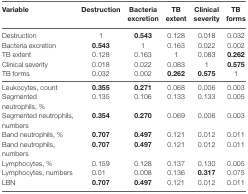
<table><thead><tr><td><b>Variable</b></td><td><b>Destruction</b></td><td><b>Bacteria excretion</b></td><td><b>TB extent</b></td><td><b>Clinical severity</b></td><td><b>TB forms</b></td></tr></thead><tbody><tr><td>Destruction</td><td>1</td><td><b>0.543</b></td><td>0.128</td><td>0.018</td><td>0.032</td></tr><tr><td>Bacteria excretion</td><td><b>0.543</b></td><td>1</td><td>0.163</td><td>0.022</td><td>0.002</td></tr><tr><td>TB extent</td><td>0.128</td><td>0.163</td><td>1</td><td>0.083</td><td><b>0.262</b></td></tr><tr><td>Clinical severity</td><td>0.018</td><td>0.022</td><td>0.083</td><td>1</td><td><b>0.575</b></td></tr><tr><td>TB forms</td><td>0.032</td><td>0.002</td><td><b>0.262</b></td><td><b>0.575</b></td><td>1</td></tr><tr><td>Leukocytes, count</td><td><b>0.355</b></td><td><b>0.271</b></td><td>0.068</td><td>0.006</td><td>0.003</td></tr><tr><td>Segmented neutrophils, %</td><td>0.135</td><td>0.106</td><td>0.133</td><td>0.133</td><td>0.005</td></tr><tr><td>Segmented neutrophils, numbers</td><td><b>0.354</b></td><td><b>0.270</b></td><td>0.069</td><td>0.006</td><td>0.003</td></tr><tr><td>Band neutrophils, %</td><td><b>0.707</b></td><td><b>0.497</b></td><td>0.121</td><td>0.012</td><td>0.011</td></tr><tr><td>Band neutrophils, numbers</td><td><b>0.707</b></td><td><b>0.497</b></td><td>0.121</td><td>0.012</td><td>0.011</td></tr><tr><td>Lymphocytes, %</td><td>0.159</td><td>0.128</td><td>0.137</td><td>0.130</td><td>0.005</td></tr><tr><td>Lymphocytes, numbers</td><td>0.01</td><td>0.008</td><td>0.136</td><td><b>0.317</b></td><td>0.075</td></tr><tr><td>LBN</td><td><b>0.707</b></td><td><b>0.497</b></td><td>0.121</td><td>0.012</td><td>0.011</td></tr></tbody></table>